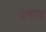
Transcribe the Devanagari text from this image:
ढगात